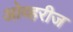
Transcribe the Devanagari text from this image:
ओव्हरीज